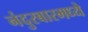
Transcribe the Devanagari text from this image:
नंदुरबारमध्ये